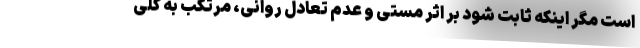
است مگر اینکه ثابت شود بر اثر مستی و عدم تعادل روانی، مرتکب به کلی